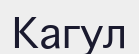
Кагул